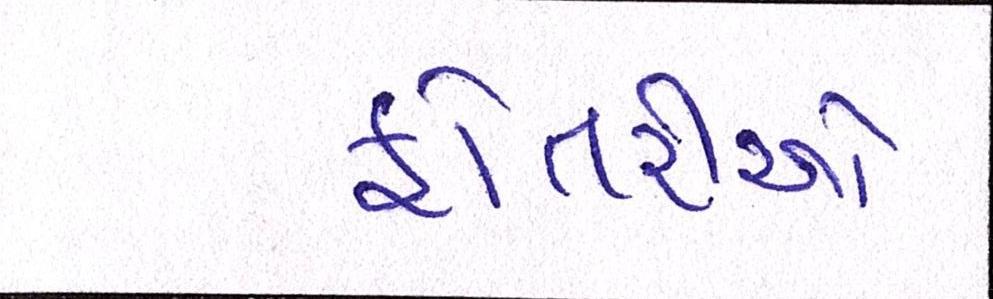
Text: ફોતરીઓ